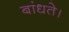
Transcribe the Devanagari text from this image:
बांधते।